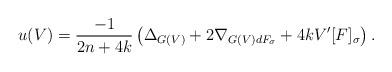
LaTeX: \begin{align*} u(V)=\frac{-1}{2n+4k}\left(\Delta_{G(V)}+2\nabla_{G(V)d{F_\sigma}}+4k V'[F]_\sigma\right).\end{align*}